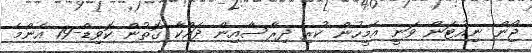
ޖޯން ނިއުޓަން ވަނީ އެމީހުން ކުރި ދިރާސާއިން ދައްކާ ގޮތުން ކޮވިޑް-19 އެންމެ